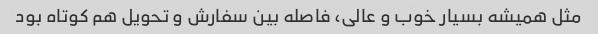
مثل همیشه بسیار خوب و عالی، فاصله بین سفارش و تحویل هم کوتاه بود